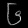
Digit: ၆